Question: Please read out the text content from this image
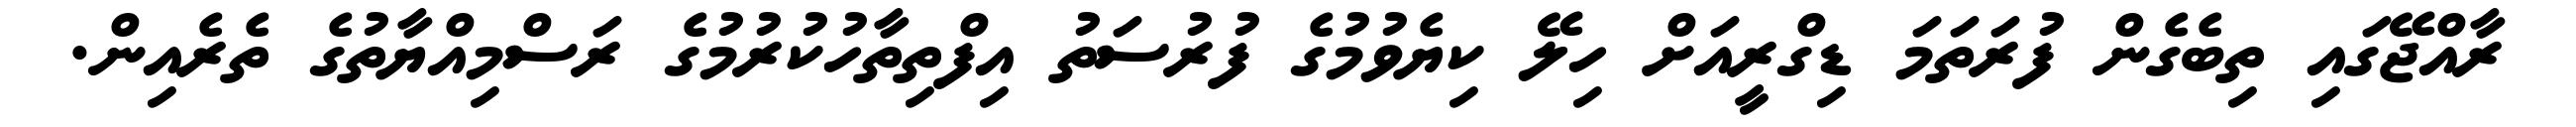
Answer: ރާއްޖޭގައި ތިބެގެން ފުރަތަމަ ޑިގްރީއަށް ހިލޭ ކިޔެވުމުގެ ފުރުސަތު އިފްތިތާހުކުރުމުގެ ރަސްމިއްޔާތުގެ ތެރެއިން.